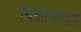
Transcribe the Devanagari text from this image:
थियोफिलेंथ्रोपी